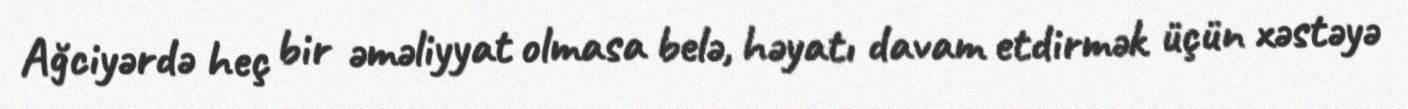
Ağciyərdə heç bir əməliyyat olmasa belə, həyatı davam etdirmək üçün xəstəyə